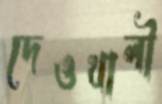
দেওখালী